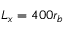
L _ { x } = 4 0 0 r _ { b }